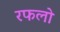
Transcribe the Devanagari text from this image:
रफलो